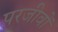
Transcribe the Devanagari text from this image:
परजीवों